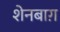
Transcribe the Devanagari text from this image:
शेनबाग़